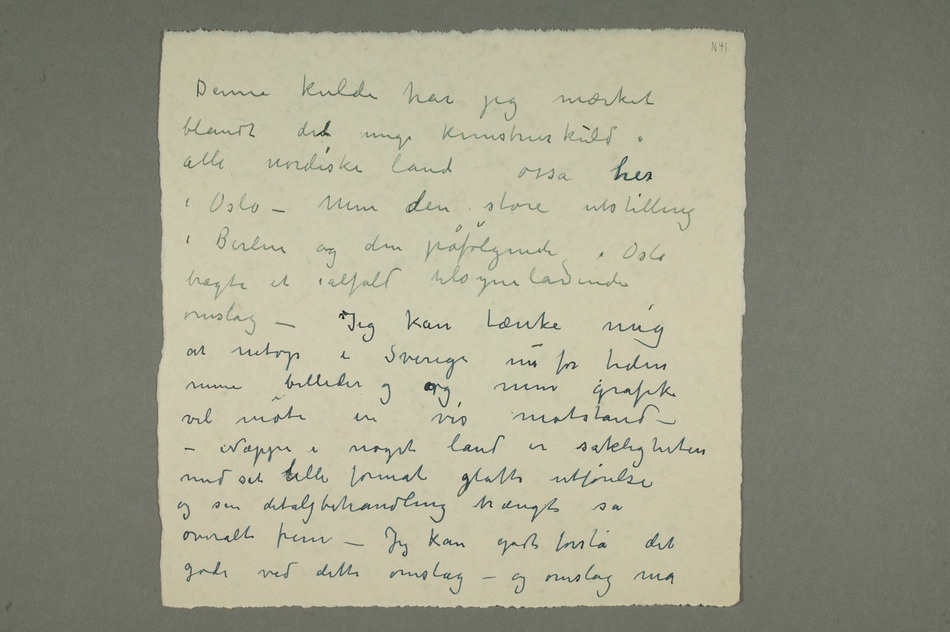
Denne kulde har jeg mærket
blandt dent unge kunstnerkuld i
alle nordiske land osså herher
i Oslo – Men den store utstilling
i Berlin og den påfølgende i Oslo
bragte et ialfald tilsyneladende
omslag – Jeg kan tænke mig
at netop i Sverige nu for tiden
mine billeder og min grafik
vil møte en vis motstand – –
Næppe i noget land er sakligheten
med sit lille format glatte utførelse
og sin detaljbehandling trængt så
overalt frem – Jeg kan godt forstå det
gode ved dette omslag – og omslag må